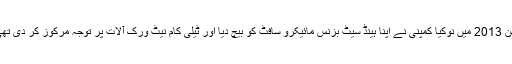
سن 2013 میں نوکیا کمپنی نے اپنا ہینڈ سیٹ بزنس مائیکرو سافٹ کو بیچ دیا اور ٹیلی کام نیٹ ورک آلات پر توجہ مرکوز کر دی تھی۔